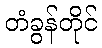
တံခွန်တိုင်